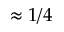
\approx 1 / 4